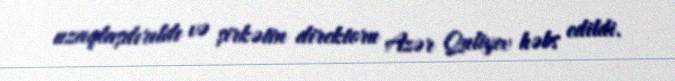
uzaqlaşdırıldı və şirkətin direktoru Azər Quliyev həbs edildi.